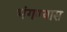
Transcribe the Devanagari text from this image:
भंगण्यास